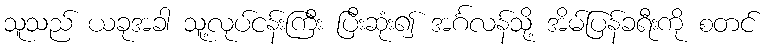
သူသည် ယခုအခါ သူ့လုပ်ငန်းကြီး ပြီးဆုံး၍ အင်္ဂလန်သို့ အိမ်ပြန်ခရီးကို စတင်